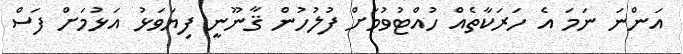
އަންނަ ނަމަ އެ ހަރަކާތެއް ހުއްޓުވުމަށް ފުލުހުން ޤާނޫނީ ފިޔަވަޅު އަޅުމަށް ފަސް